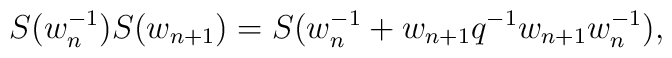
S(w^{-1}_n) S(w_{n+1}) = S(w^{-1}_n + w_{n+1} q^{-1} w_{n+1} w^{-1}_n),